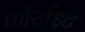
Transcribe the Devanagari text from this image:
फोर्साइट